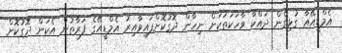
އެމްޑީއޭއާ ގުޅިގެން ދައްކާ ވާހަކަތަކަށް ނިހާން ދޮގުކޮށްފައިވާއިރު އެމްޑީއޭގެ ފަރާތުން އެކަން ދޮގުކޮށް